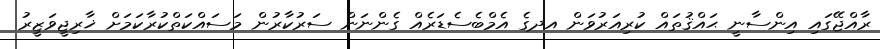
ރާއްޖޭގައި އިންސާނީ ޙައްޤުތައް ކުރިއަރުވަން އދގެ އެމްބެސެޑަރެއް ގެންނަން ސަރުކާރުން މަސައްކަތްކުރާކަމަށް ޚާރިޖީވަޒީރު